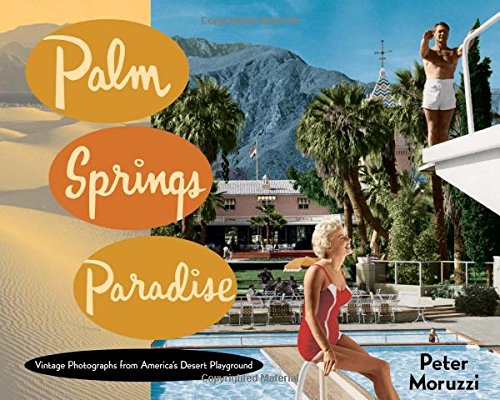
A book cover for Palm Springs Paradise; Peter Moruzzi; Crafts, Hobbies & Home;